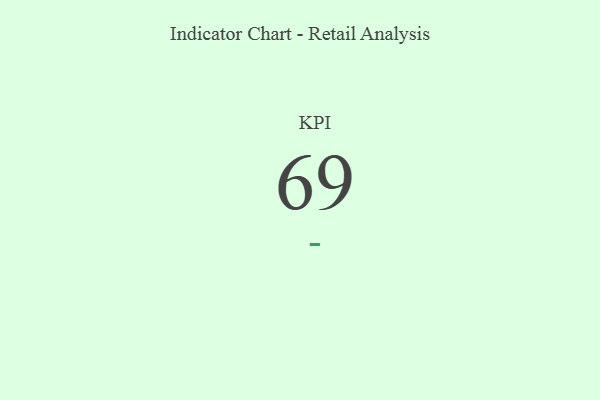
{"axis": {"x": "KPI", "y": "Value"}, "legend": [""], "data": [{"x": "KPI", "y": 69, "type": ""}]}